Report on sanitation, dispensaries, and jails in Rajputana for 1921, and on vaccination for the year 1921-1922 - 1921-1922
Year: 1921
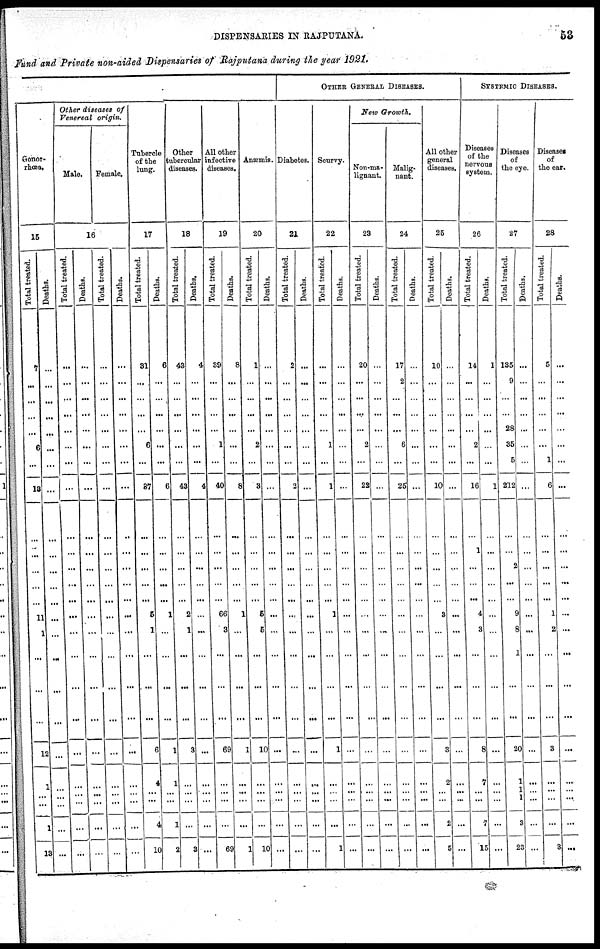
DISPENSARIES IN RAJPUTANA.
53
Fund and Private non-aided Dispensaries of Rajputana during the year 1921.
Gonor-
rhœa.
15
Total treated.
7
...
...
...
...
6
...
13
...
...
...
...
...
11
1
...
...
...
12
...
1
...
1
13
Deaths.
...
...
...
...
...
...
...
...
...
...
...
...
...
...
...
...
...
...
...
...
...
...
...
...
Other diseases of
Venereal origin.
Male.
Female.
16
Total treated.
...
...
...
...
...
...
...
...
...
...
...
...
...
...
...
...
...
...
...
...
...
...
...
...
Deaths.
...
...
...
...
...
...
...
...
...
...
...
...
...
...
...
...
...
...
...
...
...
...
...
...
Total treated.
...
...
...
...
...
...
...
...
...
...
...
...
...
...
...
...
...
...
...
...
...
...
...
...
Deaths.
...
...
...
...
...
...
...
...
...
...
...
...
...
...
...
...
...
...
...
...
...
...
...
...
Tubercle
of the
lung.
17
Total treated.
31
...
...
...
...
6
...
37
...
...
...
...
...
5
1
...
...
...
6
4
...
...
4
10
Deaths.
6
...
...
...
...
...
...
6
...
...
...
...
...
1
...
...
...
...
1
1
...
...
1
2
Other
tubercular
diseases.
18
Total treated.
43
...
...
...
...
...
...
43
...
...
...
...
...
2
1
...
...
...
3
...
...
...
...
3
Deaths.
4
...
...
...
...
...
...
4
...
...
...
...
...
...
...
...
...
...
...
...
...
...
...
...
All other
infective
diseases.
19
Total treated.
39
...
...
...
...
1
...
40
...
...
...
...
...
66
3
...
...
...
69
...
...
...
...
69
Deaths.
8
...
...
...
...
...
...
8
...
...
...
...
...
1
...
...
...
...
1
...
...
...
...
1
Anæmia.
20
Total treated.
1
...
...
...
...
2
...
3
...
...
...
...
...
5
5
...
...
...
10
...
...
...
...
10
Deaths.
...
...
...
...
...
...
...
...
...
...
...
...
...
...
...
...
...
...
...
...
...
...
...
...
OTHER GENERAL DISEASES.
Diabetes.
21
Total treated.
2
...
...
...
...
...
...
2
...
...
...
...
...
...
...
...
...
...
...
...
...
...
...
...
Deaths.
...
...
...
...
...
...
...
...
...
...
...
...
...
...
...
...
...
...
...
...
...
...
...
...
Scurvy.
22
Total treated.
...
...
...
...
...
1
...
1
...
...
...
...
...
1
...
...
...
...
1
...
...
...
...
1
Deaths.
...
...
...
...
...
...
...
...
...
...
...
...
...
...
...
...
...
...
...
...
...
...
...
...
New Growth.
Non-ma¬
lignant.
23
Total treated.
20
...
...
...
...
2
...
22
...
...
...
...
...
...
...
...
...
...
...
...
...
...
...
...
Deaths.
...
...
...
...
...
...
...
...
...
...
...
...
...
...
...
...
...
...
...
...
...
...
...
...
Malig-
nant.
24
Total treated.
17
2
...
...
...
6
...
25
...
...
...
...
...
...
...
...
...
...
...
...
...
...
...
...
Deaths.
...
...
...
...
...
...
...
...
...
...
...
...
...
...
...
...
...
...
...
...
...
...
...
...
All other
general
diseases.
25
Total treated.
10
...
...
...
...
...
...
10
...
...
...
...
...
3
...
...
...
...
3
2
...
...
2
5
Deaths.
...
...
...
...
...
...
...
...
...
...
...
...
...
...
...
...
...
...
...
...
...
...
...
...
SYSTEMIC DISEASES.
Disease
of the
nervous
system
26
Total treated.
14
...
...
...
...
2
...
16
...
1
...
...
...
4
3
...
...
...
8
7
...
...
7
15
Deaths.
1
...
...
...
...
...
...
1
...
...
...
...
...
...
...
...
...
...
...
...
...
...
...
...
Disease
of
the eye.
27
Total treated.
135
9
...
...
28
35
5
212
...
...
2
...
...
9
8
1
...
...
20
1
1
1
3
23
Deaths.
...
...
...
...
...
...
...
...
...
...
...
...
...
...
...
...
...
...
...
...
...
...
...
...
Diseases
of
the ear.
28
Total treated.
5
...
...
...
...
...
1
6
...
...
...
...
...
1
2
...
...
...
3
...
...
...
...
3
Deaths.
...
...
...
...
...
...
...
...
...
...
...
...
...
...
...
...
...
...
...
...
...
...
...
...